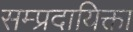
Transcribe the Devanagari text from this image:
सम्प्रदायिक्ता